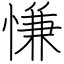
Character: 慊